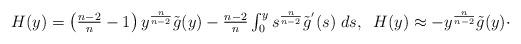
LaTeX: \begin{align*}\begin{array}{l}H (y) = \left( \frac{n-2}{n} -1 \right) y^{\frac{n}{n-2}} \tilde{g}(y)- \frac{n-2}{n} \int_{0}^{y} s^{\frac{n}{n-2}} \tilde{g}^{'}(s) \; ds, \; \; H(y) \approx - y^{\frac{n}{n-2}} \tilde{g}(y) \cdot\end{array}\end{align*}